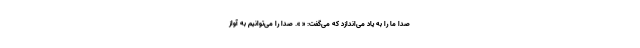
صدا ما را به یاد می‌اندازد که می‌گفت: « ». صدا را می‌توانیم به آواز